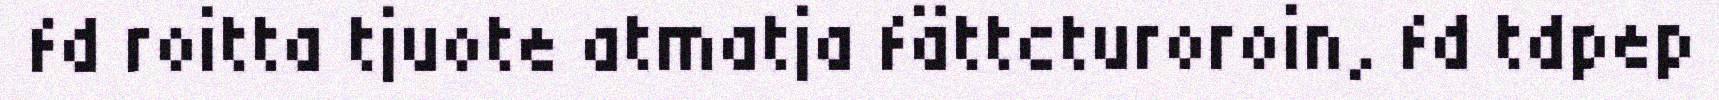
fd roitta tjuote atmatja fättcturoroin, fd tdpep